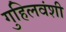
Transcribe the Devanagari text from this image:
गुहिलवंशी